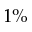
1 \%